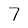
Character: 7